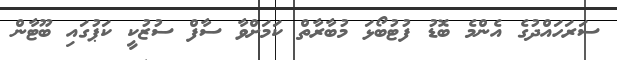
ސަރަހައްދުގެ އެންމެ ބޮޑު ފުޓުބޯޅަ މުބާރާތް ކަމަށްވާ ސާފް ސުޒުކީ ކަޕުގައި ބޫޓާން